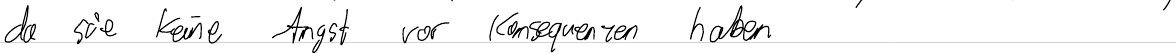
da sie keine Angst vor Konsequenzen haben